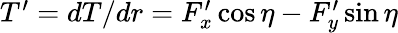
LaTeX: \begin{array}{r}{T^{\prime}=dT/dr=F_{x}^{\prime}\cos\eta-F_{y}^{\prime}\sin\eta}\end{array}